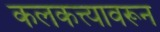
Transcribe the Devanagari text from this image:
कलकत्त्यावरून